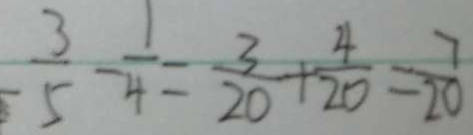
\frac { 3 } { 5 } - \frac { 1 } { 4 } = \frac { 3 } { 2 0 } + \frac { 4 } { 2 0 } = \frac { 7 } { 2 0 }